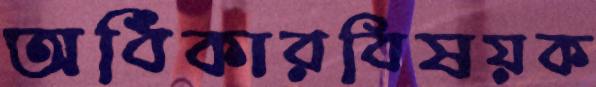
অধিকারবিষয়ক